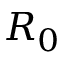
R _ { 0 }